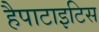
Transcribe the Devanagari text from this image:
हैपाटाइटिस